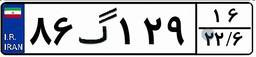
۰۵گ۲۷۱۵۷